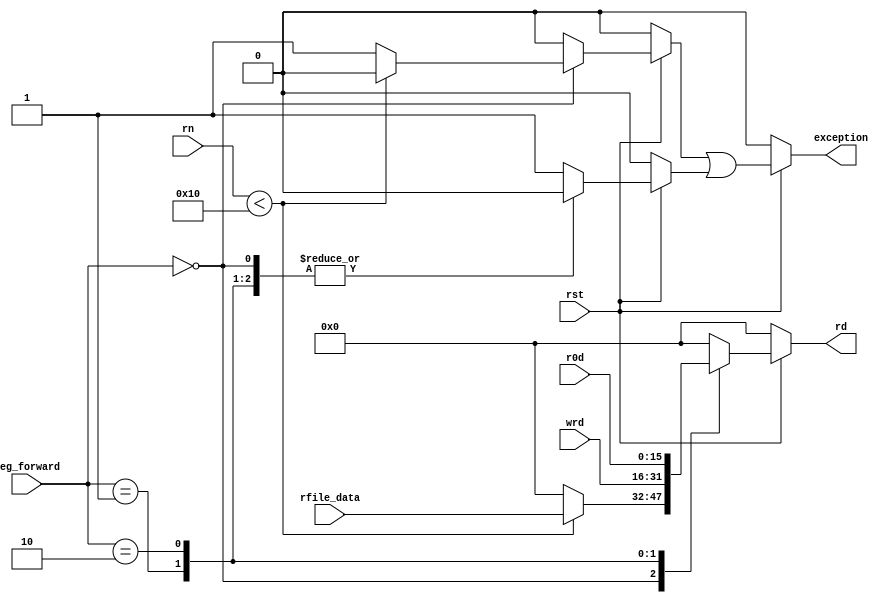
/* reg_port.v
 * Register port
 * Written by Daniel Gallegos and Brandon Ortiz
 * CSC142, Fall 2014, CSUS
*/

module reg_port(rst, rfile_data, rn, wrd, r0d, reg_forward, rd, exception);

//Parameters
parameter REG_DATA_WIDTH = 16;
parameter REG_NUM_WIDTH = 4;
parameter REG_FORWARD_WIDTH = 2;
parameter NUM_REGISTERS = 16;

parameter REG_FORWARD_REG_FILE = 2'b00;
parameter REG_FORWARD_WB = 2'b01;
parameter REG_FORWARD_R0 = 2'b10;

// I/O ports
input rst;
input [REG_DATA_WIDTH - 1:0] rfile_data;
input [REG_NUM_WIDTH - 1:0] rn;
input [REG_DATA_WIDTH - 1:0] wrd, r0d;
input [REG_FORWARD_WIDTH - 1:0] reg_forward;

//Output defined as register
output reg [REG_DATA_WIDTH -1:0] rd;
output reg exception;

//Registers
reg ex_rn, ex_rf; 

//Procedural blocks
always @(*)
begin
    if (!rst)
        exception = 0;
    else
        exception = ex_rn | ex_rf;
end

always @(*)
begin
    if (!rst)
    begin
        ex_rn = 1'b0; 
        ex_rf = 1'b0;   
        rd = 0;
    end
    else
    begin
        ex_rn = 1'b0; 
        ex_rf = 1'b0;   
        rd = 0;

        case (reg_forward)
            REG_FORWARD_REG_FILE:
                if (rn < NUM_REGISTERS)
                    rd = rfile_data;
                else 
                    ex_rn = 1'b1;

            REG_FORWARD_WB:
                rd = wrd;

            REG_FORWARD_R0:
                rd = r0d;

            default:
                ex_rf = 1'b1;
        endcase
    end
end

endmodule

//-----------------------------END OF FILE-------------------------------------